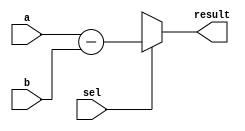
`timescale 1ns / 1ps
//////////////////////////////////////////////////////////////////////////////////
// Company: 
// Engineer: 
// 
// Design Name: 
// Module Name: Subtract
// Project Name: 
// Target Devices: 
// Tool Versions: 
// Description: 
// 
// Dependencies: 
// 
// Revision:
// Revision 0.01 - File Created
// Additional Comments:
// 
//////////////////////////////////////////////////////////////////////////////////


module Subtract(input[31:0] a, b, input sel, output reg [31:0] result);

always@(*)
    if(sel == 1) begin
//        if(a < b) result = 32'b0;
         result = a - b;
    end
    else result = 32'bxxxxxxxxxxxxxxxxxxxxxxxxxxxxxxxx;


endmodule